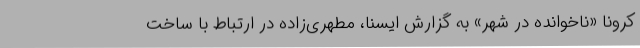
کرونا «ناخوانده در شهر» به گزارش ایسنا، مطهری‌زاده در ارتباط با ساخت